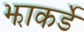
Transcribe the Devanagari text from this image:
झाकर्डे